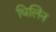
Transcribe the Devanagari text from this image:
धिलिन